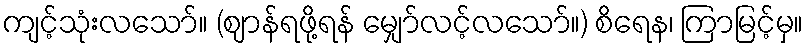
ကျင့်သုံးလသော်။ (ဈာန်ရဖို့ရန် မျှော်လင့်လသော်။) စိရေန၊ ကြာမြင့်မှ။